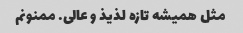
مثل همیشه تازه لذیذ و عالی. ممنونم